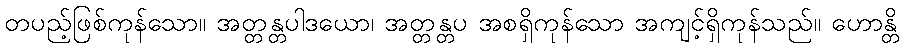
တပည့်ဖြစ်ကုန်သော။ အတ္တန္တပါဒယော၊ အတ္တန္တပ အစရှိကုန်သော အကျင့်ရှိကုန်သည်။ ဟောန္တိ